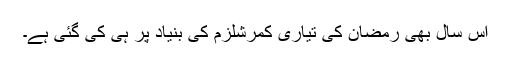
اس سال بھی رمضان کی تیاری کمرشلزم کی بنیاد پر ہی کی گئی ہے۔